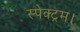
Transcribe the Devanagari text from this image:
स्पेक्ट्रम।